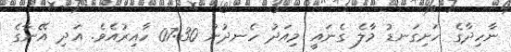
ނާހިދާގެ ހަށިގަނޑު މާލެ ގެނައީ މިއަދު ހެނދުނު 07:30 ހާއިރުއެވެ. އަދި އޭނާގެ